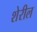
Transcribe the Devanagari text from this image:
शेरील